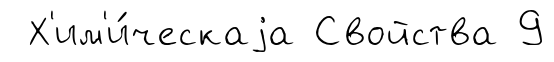
Х'им'и́ческаjа Свойства 9